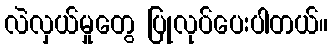
လဲလှယ်မှုတွေ ပြုလုပ်ပေးပါတယ်။